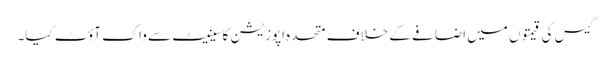
گیس کی قیمتوں میں اضافے کے خلاف متحدہ اپوزیشن کا سینیٹ سے واک آؤٹ کیا۔